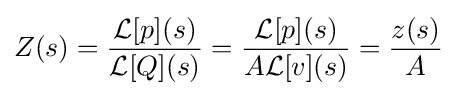
Z(s)={\frac {{\mathcal {L}}[p](s)}{{\mathcal {L}}[Q](s)}}={\frac {{\mathcal {L}}[p](s)}{A{\mathcal {L}}[v](s)}}={\frac {z(s)}{A}}